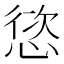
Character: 𢝩